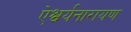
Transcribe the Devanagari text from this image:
ऐश्वर्यनारायण